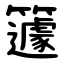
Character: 籧